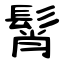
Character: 髾